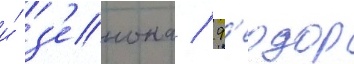
и́ з'енона / ф'еодор